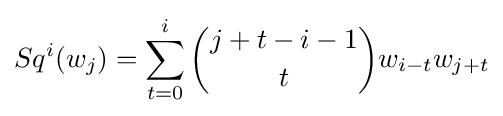
Sq^{i}(w_{j})=\sum _{t=0}^{i}{j+t-i-1 \choose t}w_{i-t}w_{j+t}